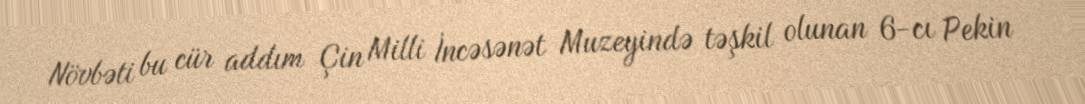
Növbəti bu cür addım Çin Milli İncəsənət Muzeyində təşkil olunan 6-cı Pekin